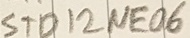
Text: STD12NE06